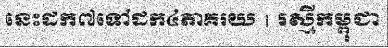
នេះដក៧ទៅដក៤ភាគរយ | រស្មីកម្ពុជា